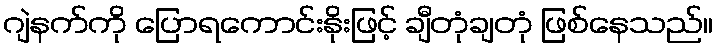
ဂျဲနက်ကို ပြောရကောင်းနိုးဖြင့် ချီတုံချတုံ ဖြစ်နေသည်။